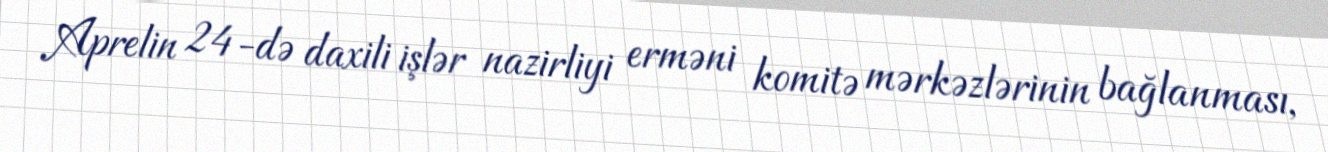
Aprelin 24-də daxili işlər nazirliyi erməni komitə mərkəzlərinin bağlanması,